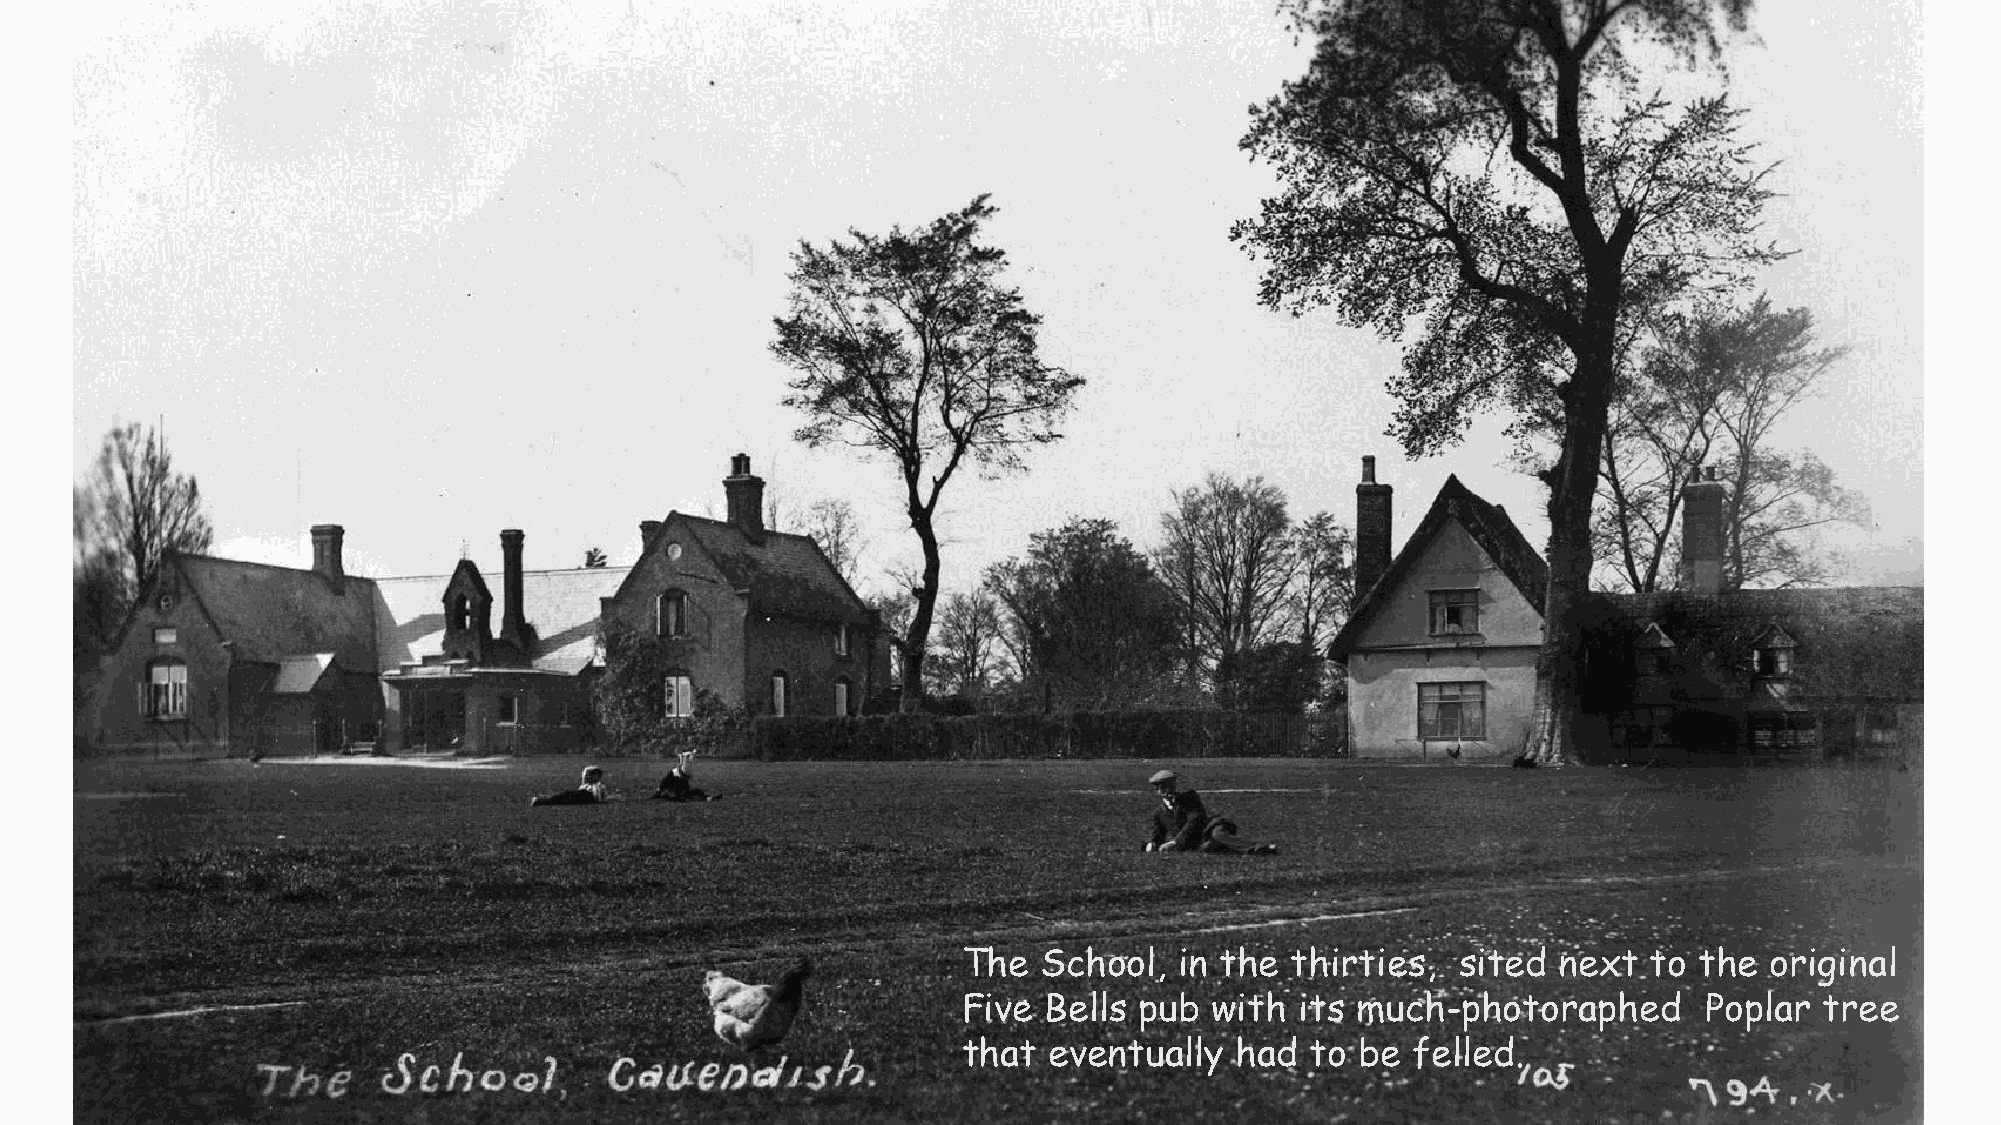
The  School,  in the thirties,   sited next  to the  original
 Five Bells pub  with  its much-photoraphed       Poplar  tree
 that eventually   had  to be felled.